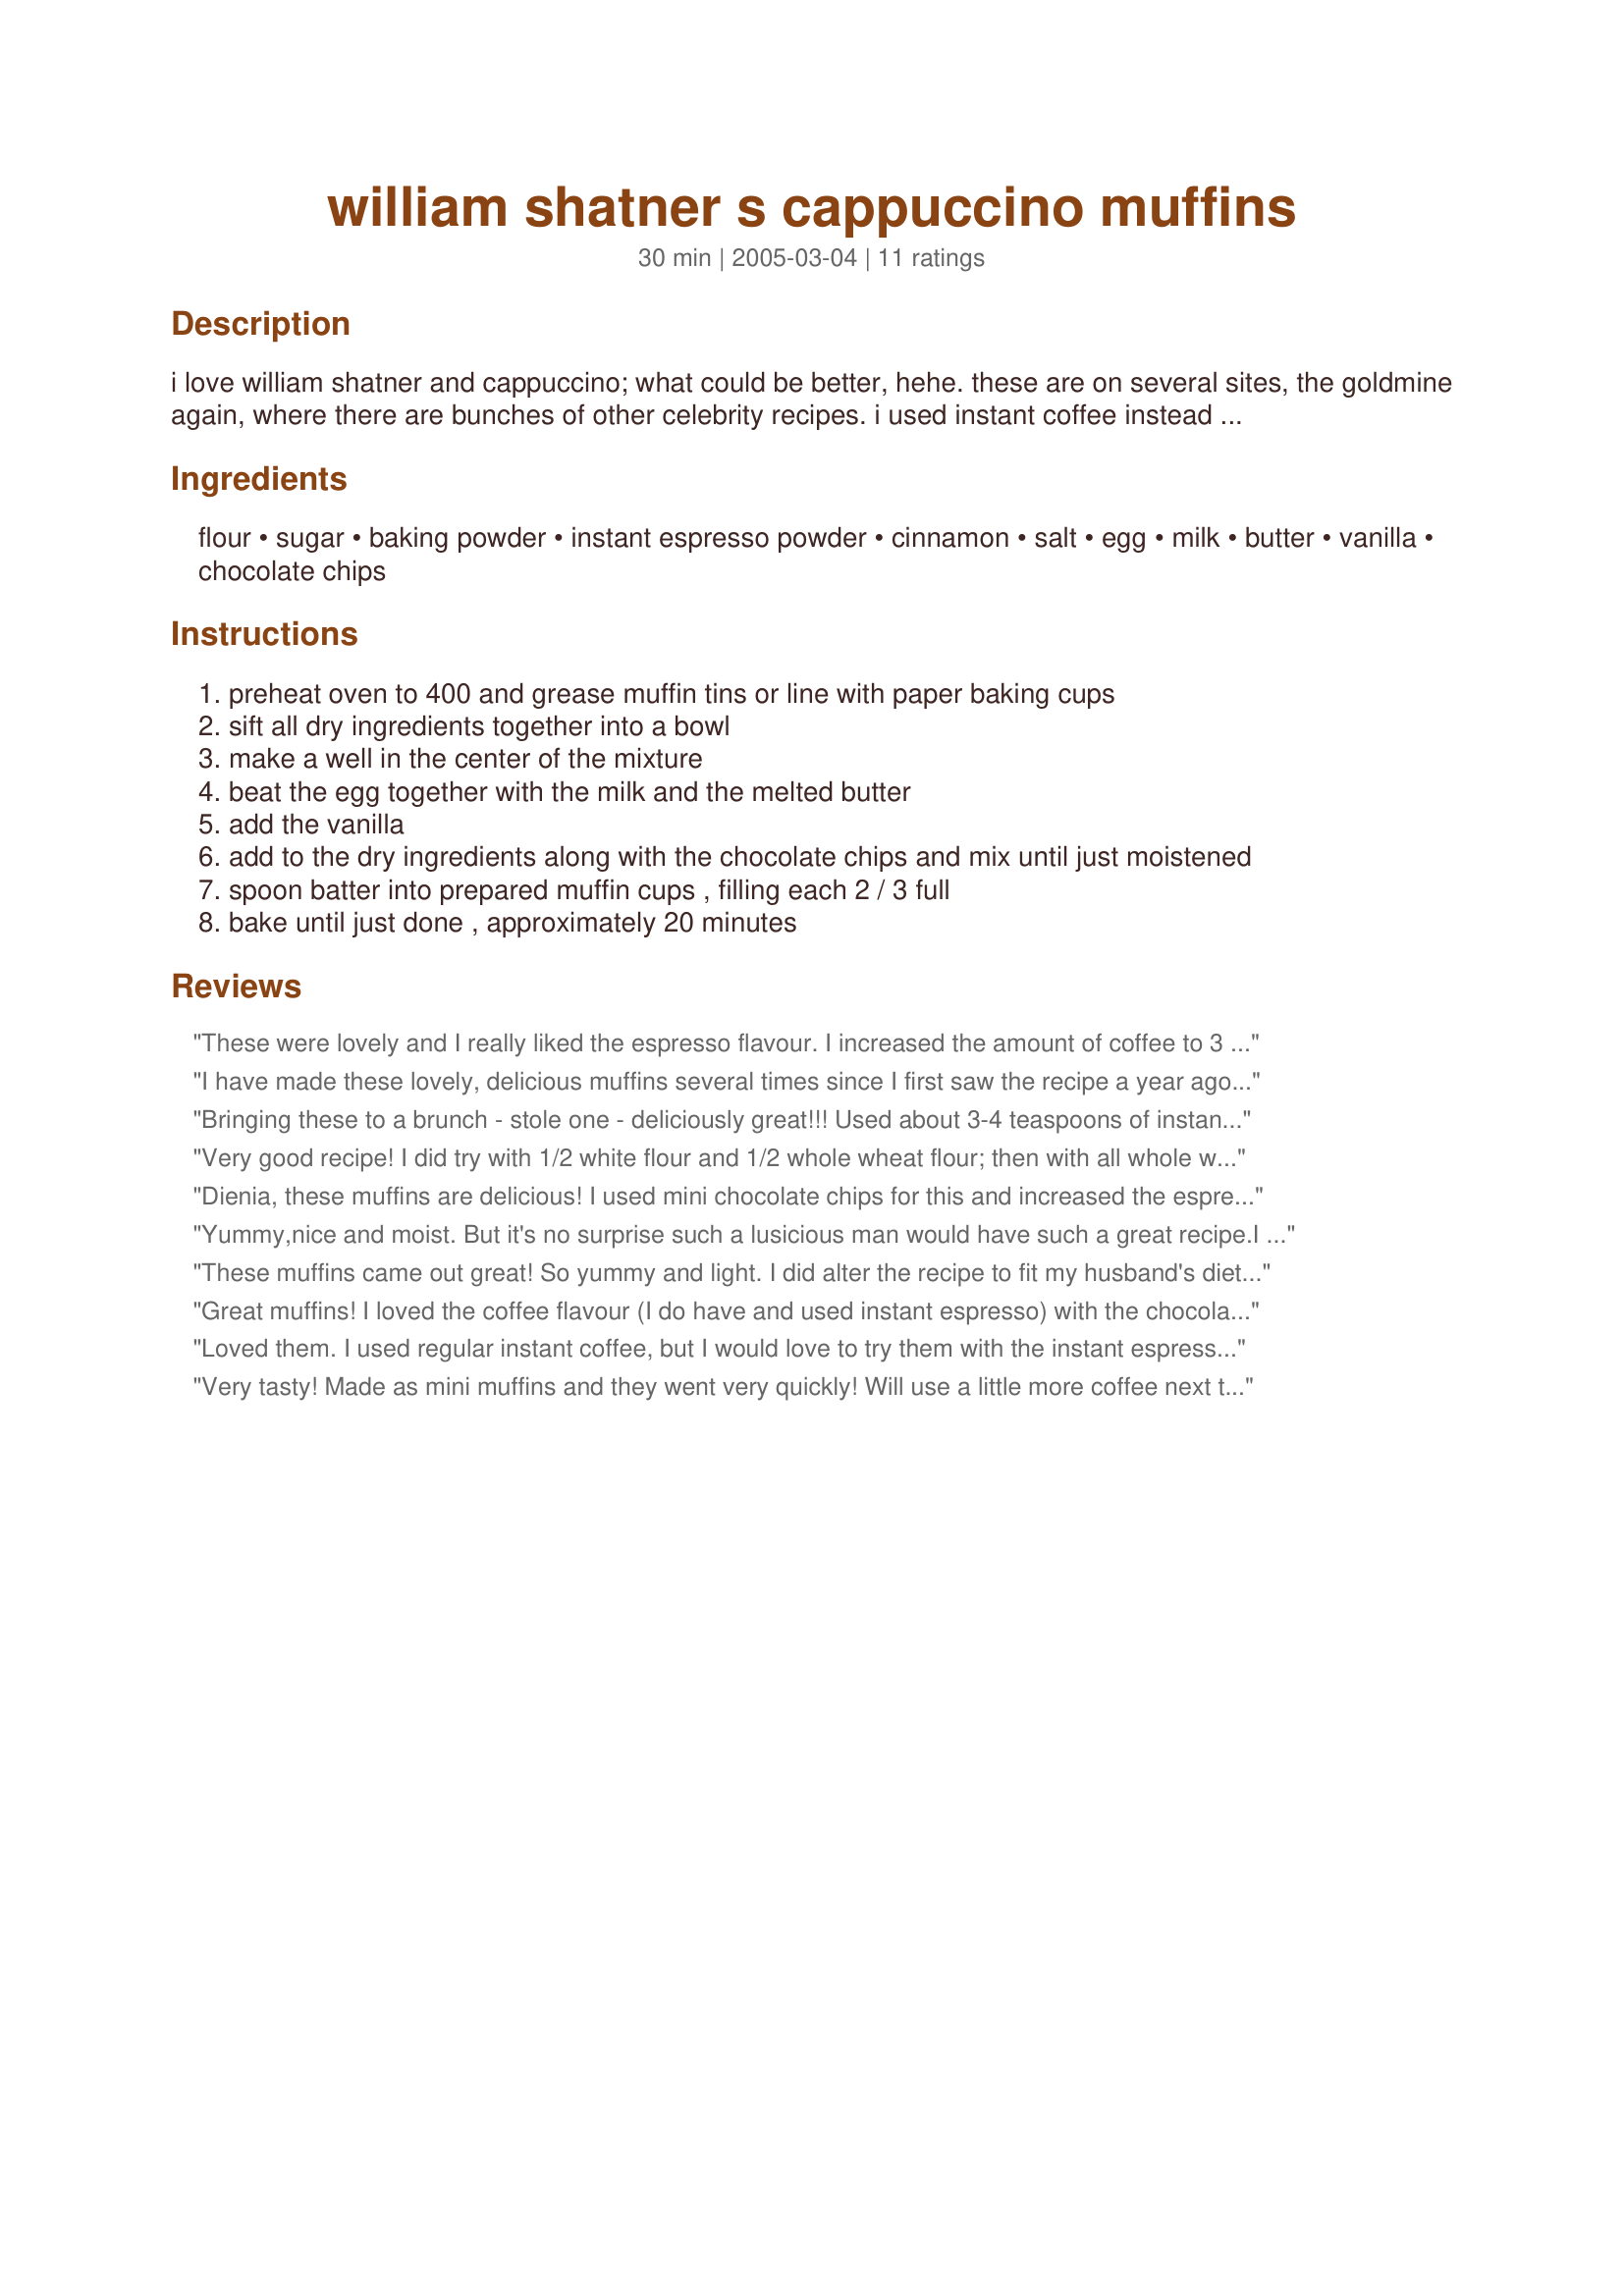
william shatner s cappuccino muffins
Preparation time: 30 minutes

i love william shatner and cappuccino; what could be better, hehe. these are on several sites, the goldmine again, where there are bunches of other celebrity recipes. i used instant coffee instead of espresso powder cause where i live that's all there is. it works fine.

Ingredients:
flour, sugar, baking powder, instant espresso powder, cinnamon, salt, egg, milk, butter, vanilla, chocolate chips

Steps:
preheat oven to 400 and grease muffin tins or line with paper baking cups
sift all dry ingredients together into a bowl
make a well in the center of the mixture
beat the egg together with the milk and the melted butter
add the vanilla
add to the dry ingredients along with the chocolate chips and mix until just moistened
spoon batter into prepared muffin cups , filling each 2 / 3 full
bake until just done , approximately 20 minutes

Reviews:
These were lovely and I really liked the espresso flavour. I increased the amount of coffee to 3 teaspoons but left the rest as it was. I also really liked the fact that you melt the butter for this recipe as it makes it much faster to make. A delicious coffee muffin.
I have made these lovely, delicious muffins several times since I first saw the recipe a year ago. I've baked these as the recipe is written. These tasty gems have gone to work for morning coffee, to church for coffee time, and to the homes of several friends who needed a "cheer-up." All who consumed these treats raved about them and wanted more. These are easy to make and are a wonderful "go-to" recipe.
Bringing these to a brunch - stole one - deliciously great!!! Used about 3-4 teaspoons of instant coffee and added a little less chocolate chips... because I put a teaspoon of Nutella in the middle of the muffins... shhhh!! Thanks Dienia!
Very good recipe! I did try with 1/2 white flour and 1/2 whole wheat flour; then with all whole wheat flour; some differences in both, but still very good. I&#039;d like a kinda coffee crumble on top, have to look for recipes for that!
Dienia, these muffins are delicious! I used mini chocolate chips for this and increased the espresso powder just a bit, thanks!...Kitten:)
Yummy,nice and moist. But it's no surprise such a lusicious man would have such a great recipe.I like to eat his his muffins and I'd like to eat him !
These muffins came out great! So yummy and light. I did alter the recipe to fit my husband's diet by using Splenda and unbleached flour. I also added a 1/2 tsp of cocoa powder too.
Great muffins! I loved the coffee flavour (I do have and used instant espresso) with the chocolate chips. The touch of cinnamon was brilliant. A real plus for me for these muffins is that they're not too sweet. Great with our coffee.
Loved them. I used regular instant coffee, but I would love to try them with the instant espresso powder next time if I can get it in my area.
Very tasty! Made as mini muffins and they went very quickly! Will use a little more coffee next time.
finally the perfect food, thank you Mr. Shatner, Dienia & ken-zie (for the photo) made as directed & they were more than delicious, they were perfect.
